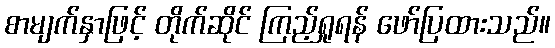
စာမျက်နှာဖြင့် တိုက်ဆိုင် ကြည့်ရှုရန် ဖော်ပြထားသည်။